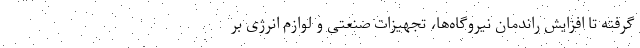
گرفته تا افزایش راندمان نیروگاه‌ها، تجهیزات صنعتی و لوازم انرژی بر